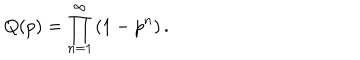
LaTeX: Q ( p ) = \prod _ { n = 1 } ^ { \infty } \left( 1 - p ^ { n } \right) .